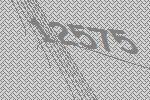
12575